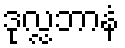
ဒုလ္လဘာနံ